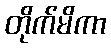
တိုက်မိကာ